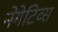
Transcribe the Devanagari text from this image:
नेगेटिव्स